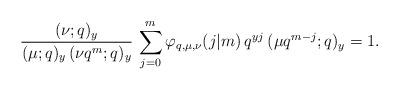
LaTeX: \begin{align*}\frac{(\nu;q)_y}{(\mu;q)_y\, (\nu q^m;q)_y}\, \sum_{j=0}^{m} \varphi_{q,\mu,\nu}(j|m)\,q^{yj}\, (\mu q^{m-j};q)_y = 1.\end{align*}